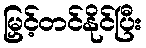
မြှင့်တင်နိုင်ပြီး